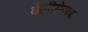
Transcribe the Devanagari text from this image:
वेलेंसियक